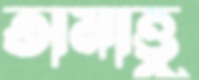
তামাত্তু